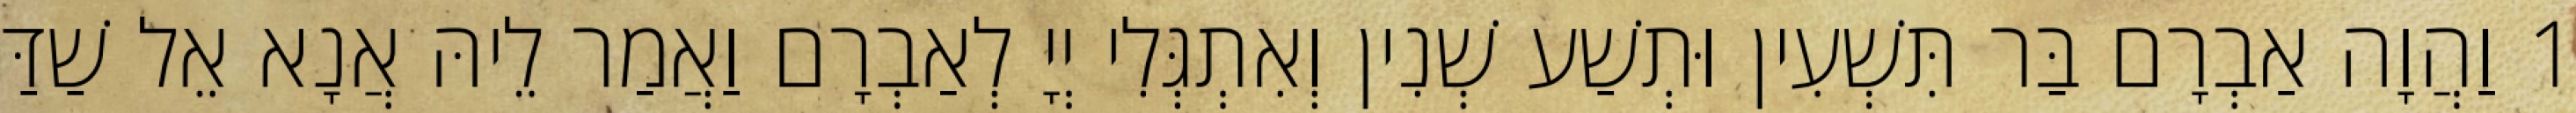
1 וַהֲוָה אַבְרָם בַּר תִּשְׁעִין וּתְשַׁע שְׁנִין וְאִתְגְּלִי יְיָ לְאַבְרָם וַאֲמַר לֵיהּ אֲנָא אֵל שַׁדַּי